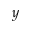
y